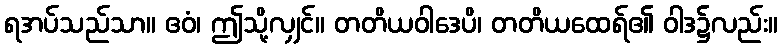
ရအပ်သည်သာ။ ဧဝံ၊ ဤသို့လျှင်။ တတိယဝါဒေပိ၊ တတိယထေရ်၏ ဝါဒ၌လည်း။